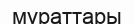
мұраттары